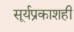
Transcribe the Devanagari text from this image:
सूर्यप्रकाशही